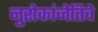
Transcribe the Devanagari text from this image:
नुरोकांजेतिवे